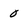
Character: 0